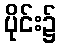
ပိုင်း၌